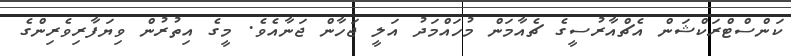
ކަންސްޓްރަކްޝަން އެޗްއާރުސީގެ ޗެއާމަން މުހައްމަދު އަލީ ޖަހާން ޖަނާއެވެ. މީގެ އިތުރުން ވިޔަފާރިވެރިންގެ